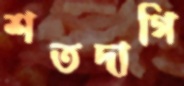
শতদাগি